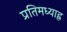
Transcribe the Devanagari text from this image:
प्रतिमध्याह्न